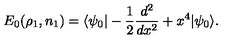
E _ { 0 } ( \rho _ { 1 } , n _ { 1 } ) = \langle \psi _ { 0 } | - \frac { 1 } { 2 } \frac { d ^ { 2 } } { d x ^ { 2 } } + x ^ { 4 } | \psi _ { 0 } \rangle .